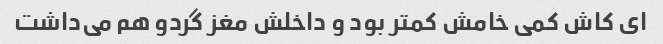
ای کاش کمی خامش کمتر بود و داخلش مغز گردو هم می‌داشت